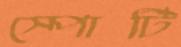
স্পোর্টি